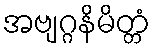
အဗျဂ္ဂနိမိတ္တံ